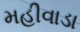
મહીવાડા